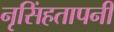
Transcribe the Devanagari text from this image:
नृसिंहतापनी